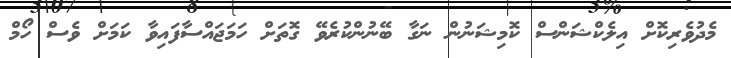
މެދުވެރިކޮށް އިލެކްޝަންސް ކޮމިޝަނުން ނަގާ ބޭނުންކުރެވޭ ގޮތަށް ހަމަޖައްސާފައިވާ ކަމަށް ވެސް ހޯމް